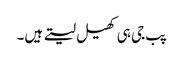
پب جی ہی کھیل لیتے ہیں۔